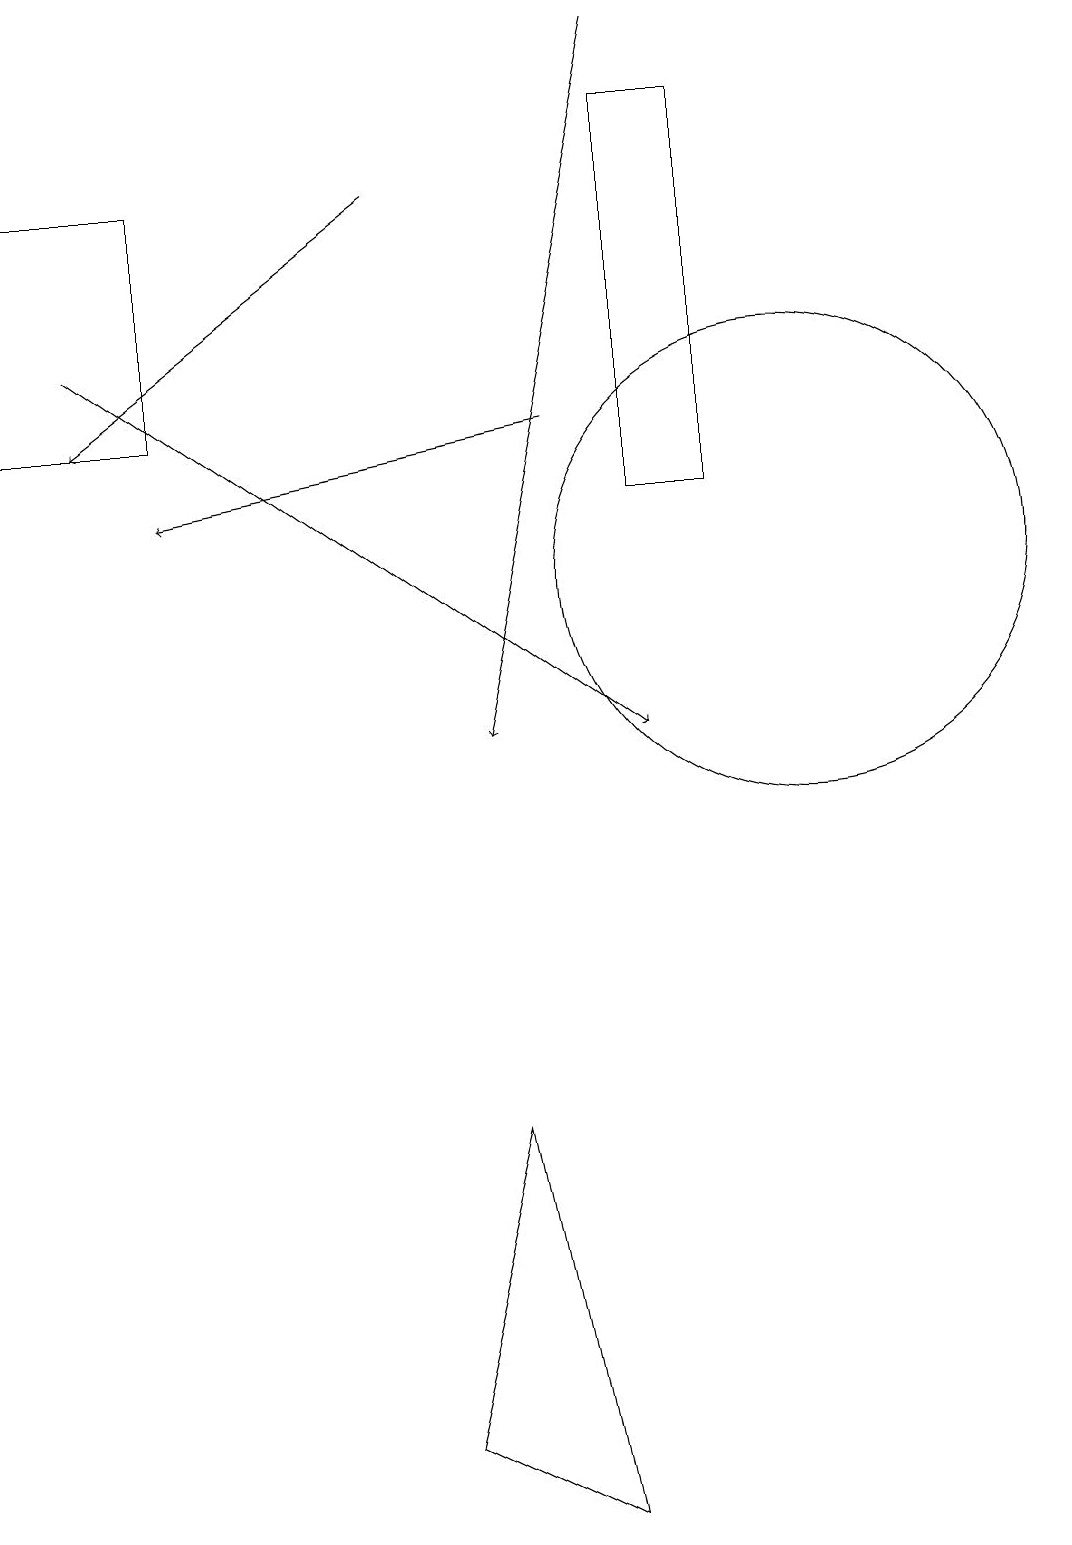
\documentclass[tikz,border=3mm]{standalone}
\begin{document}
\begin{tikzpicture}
\draw[->] (1,15) -- (8,10);
\draw (6,5) -- (5,1) -- (7,0) -- cycle;
\draw[->] (8,19) -- (6,10);
\draw[->] (7,14) -- (2,13);
\draw (8,18) rectangle (9,13);
\draw (10,12) circle (3);
\draw[->] (5,17) -- (1,14);
\draw (0,14) rectangle (2,17);
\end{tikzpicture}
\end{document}